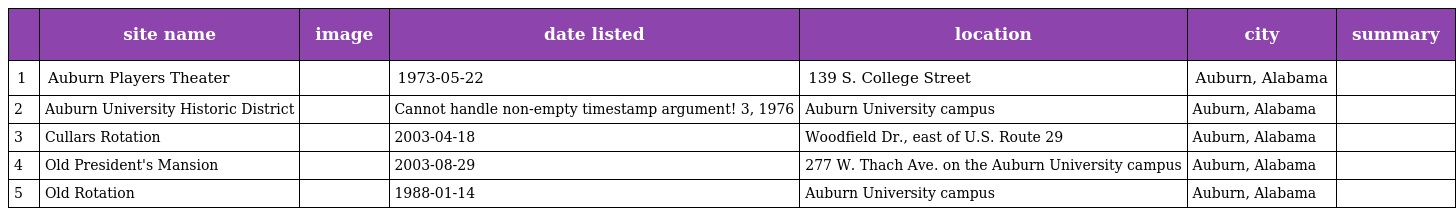
|  | site name | image | date listed | location | city | summary |
 | --- | --- | --- | --- | --- | --- | --- |
 | 1 | Auburn Players Theater |  | 1973-05-22 | 139 S. College Street | Auburn, Alabama |  |
 | 2 | Auburn University Historic District |  | Cannot handle non-empty timestamp argument! 3, 1976 | Auburn University campus | Auburn, Alabama |  |
 | 3 | Cullars Rotation |  | 2003-04-18 | Woodfield Dr., east of U.S. Route 29 | Auburn, Alabama |  |
 | 4 | Old President's Mansion |  | 2003-08-29 | 277 W. Thach Ave. on the Auburn University campus | Auburn, Alabama |  |
 | 5 | Old Rotation |  | 1988-01-14 | Auburn University campus | Auburn, Alabama |  |